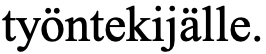
työntekijälle.